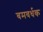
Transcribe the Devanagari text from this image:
बमवर्धक